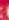
: